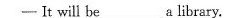
- It will be___a library.